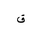
Letter: _qaf